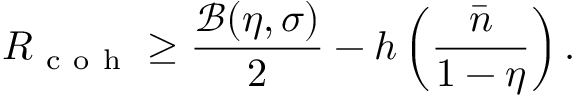
R _ { \mathrm { ~ c ~ o ~ h ~ } } \geq \frac { \mathcal { B } ( \eta , \sigma ) } { 2 } - h \left( \frac { \bar { n } } { 1 - \eta } \right) .